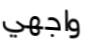
واجهي